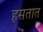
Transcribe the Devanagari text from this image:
हसतात